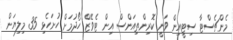
މެންޗެސްޓާ ސިޓީއިން ވަނީ ކޮރިންތިއަންސް އިން ޓެވޭޒް ހޯދުމަށް ހުށަހެޅި 35 މިލިޔަން